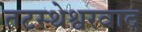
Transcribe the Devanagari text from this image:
तटस्थेश्वरवाद